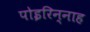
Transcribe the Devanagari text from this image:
पोइरिन्नाह